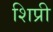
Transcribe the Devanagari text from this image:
शिप्री